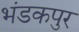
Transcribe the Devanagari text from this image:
भंडकपुर